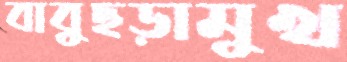
বাবুছড়ামুখ